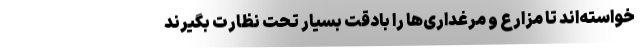
خواسته‌اند تا مزارع و مرغداری‌ها را بادقّتِ بسیار تحت نظارت بگیرند